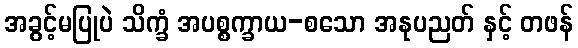
အခွင့်မပြုပဲ သိက္ခံ အပစ္စက္ခာယ-စသော အနုပညတ် နှင့် တဖန်